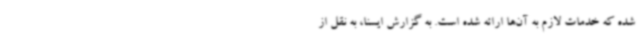
شده که خدمات لازم به آن‌ها ارائه شده است. به گزارش ایسنا، به نقل از